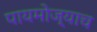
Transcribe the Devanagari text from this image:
पायमोज्याच